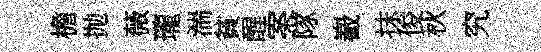
檐抛薇瓏湍貧醒案隊嶻抹俊秋究